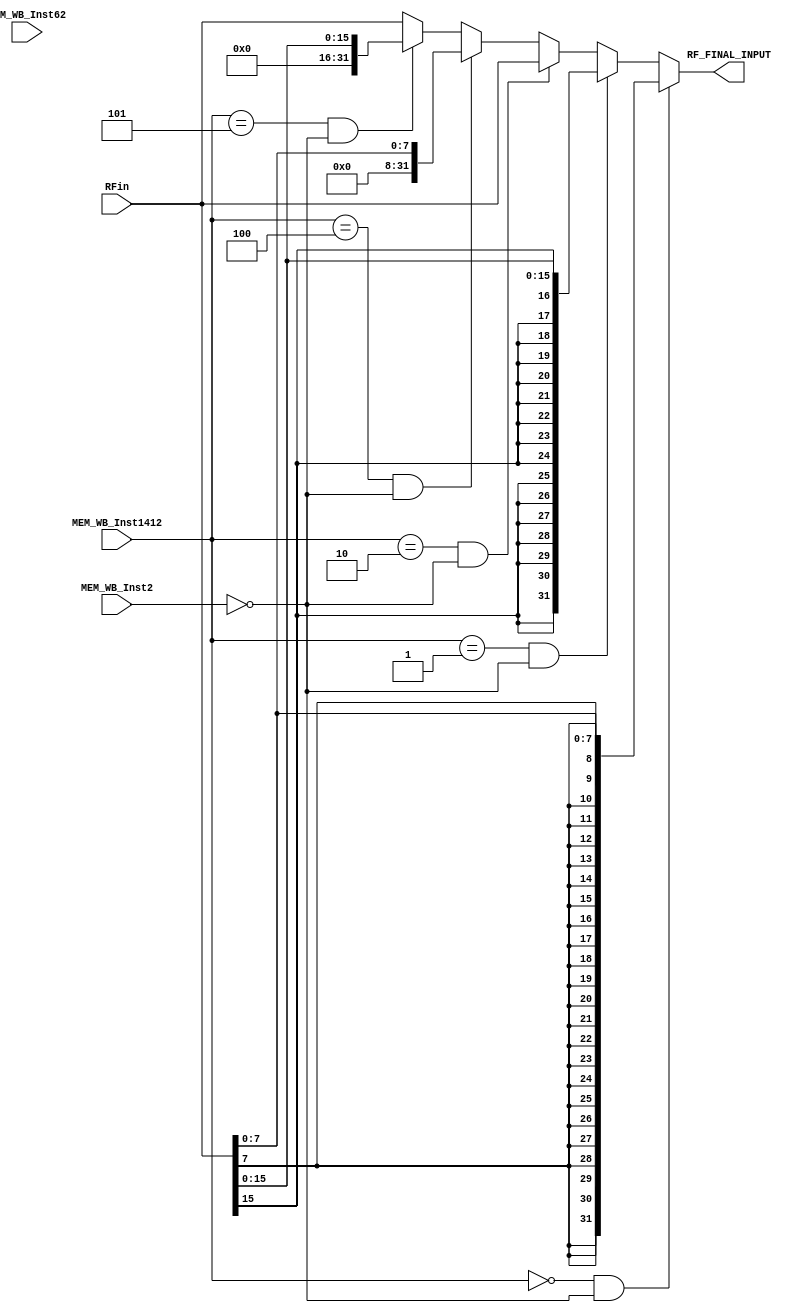
`timescale 1ns / 1ps
//////////////////////////////////////////////////////////////////////////////////
// Company: 
// Engineer: 
// 
// Design Name: 
// Module Name: RF_Input_MUX
// Project Name: 
// Target Devices: 
// Tool Versions: 
// Description: 
// 
// Dependencies: 
// 
// Revision:
// Revision 0.01 - File Created
// Additional Comments:
// 
//////////////////////////////////////////////////////////////////////////////////


module RF_Input_MUX(
output [31:0] RF_FINAL_INPUT,
input [2:0] MEM_WB_Inst1412,
input MEM_WB_Inst2,
input MEM_WB_Inst62,
input [31:0] RFin
    );
    
 assign RF_FINAL_INPUT = (MEM_WB_Inst1412==0 && MEM_WB_Inst2==0)?{{24{RFin[7]}},RFin[7:0]}:
(MEM_WB_Inst1412==1 && MEM_WB_Inst2==0)?{{16{RFin[15]}},RFin[15:0]}:(MEM_WB_Inst1412==2 && MEM_WB_Inst2==0)?RFin:
(MEM_WB_Inst1412==4 && MEM_WB_Inst2==0)?{{24{1'b0}},RFin[7:0]}:(MEM_WB_Inst1412==5 && MEM_WB_Inst2==0)?{{16{1'b0}},RFin[15:0]}:
(( MEM_WB_Inst2 == 1) || MEM_WB_Inst62 == 12)?RFin:RFin;
endmodule